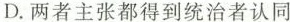
D.两者主张都得到统治者认同